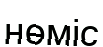
нөміс